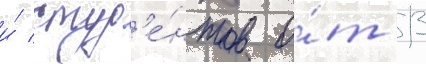
и́ студ'е́нтов о́т 13